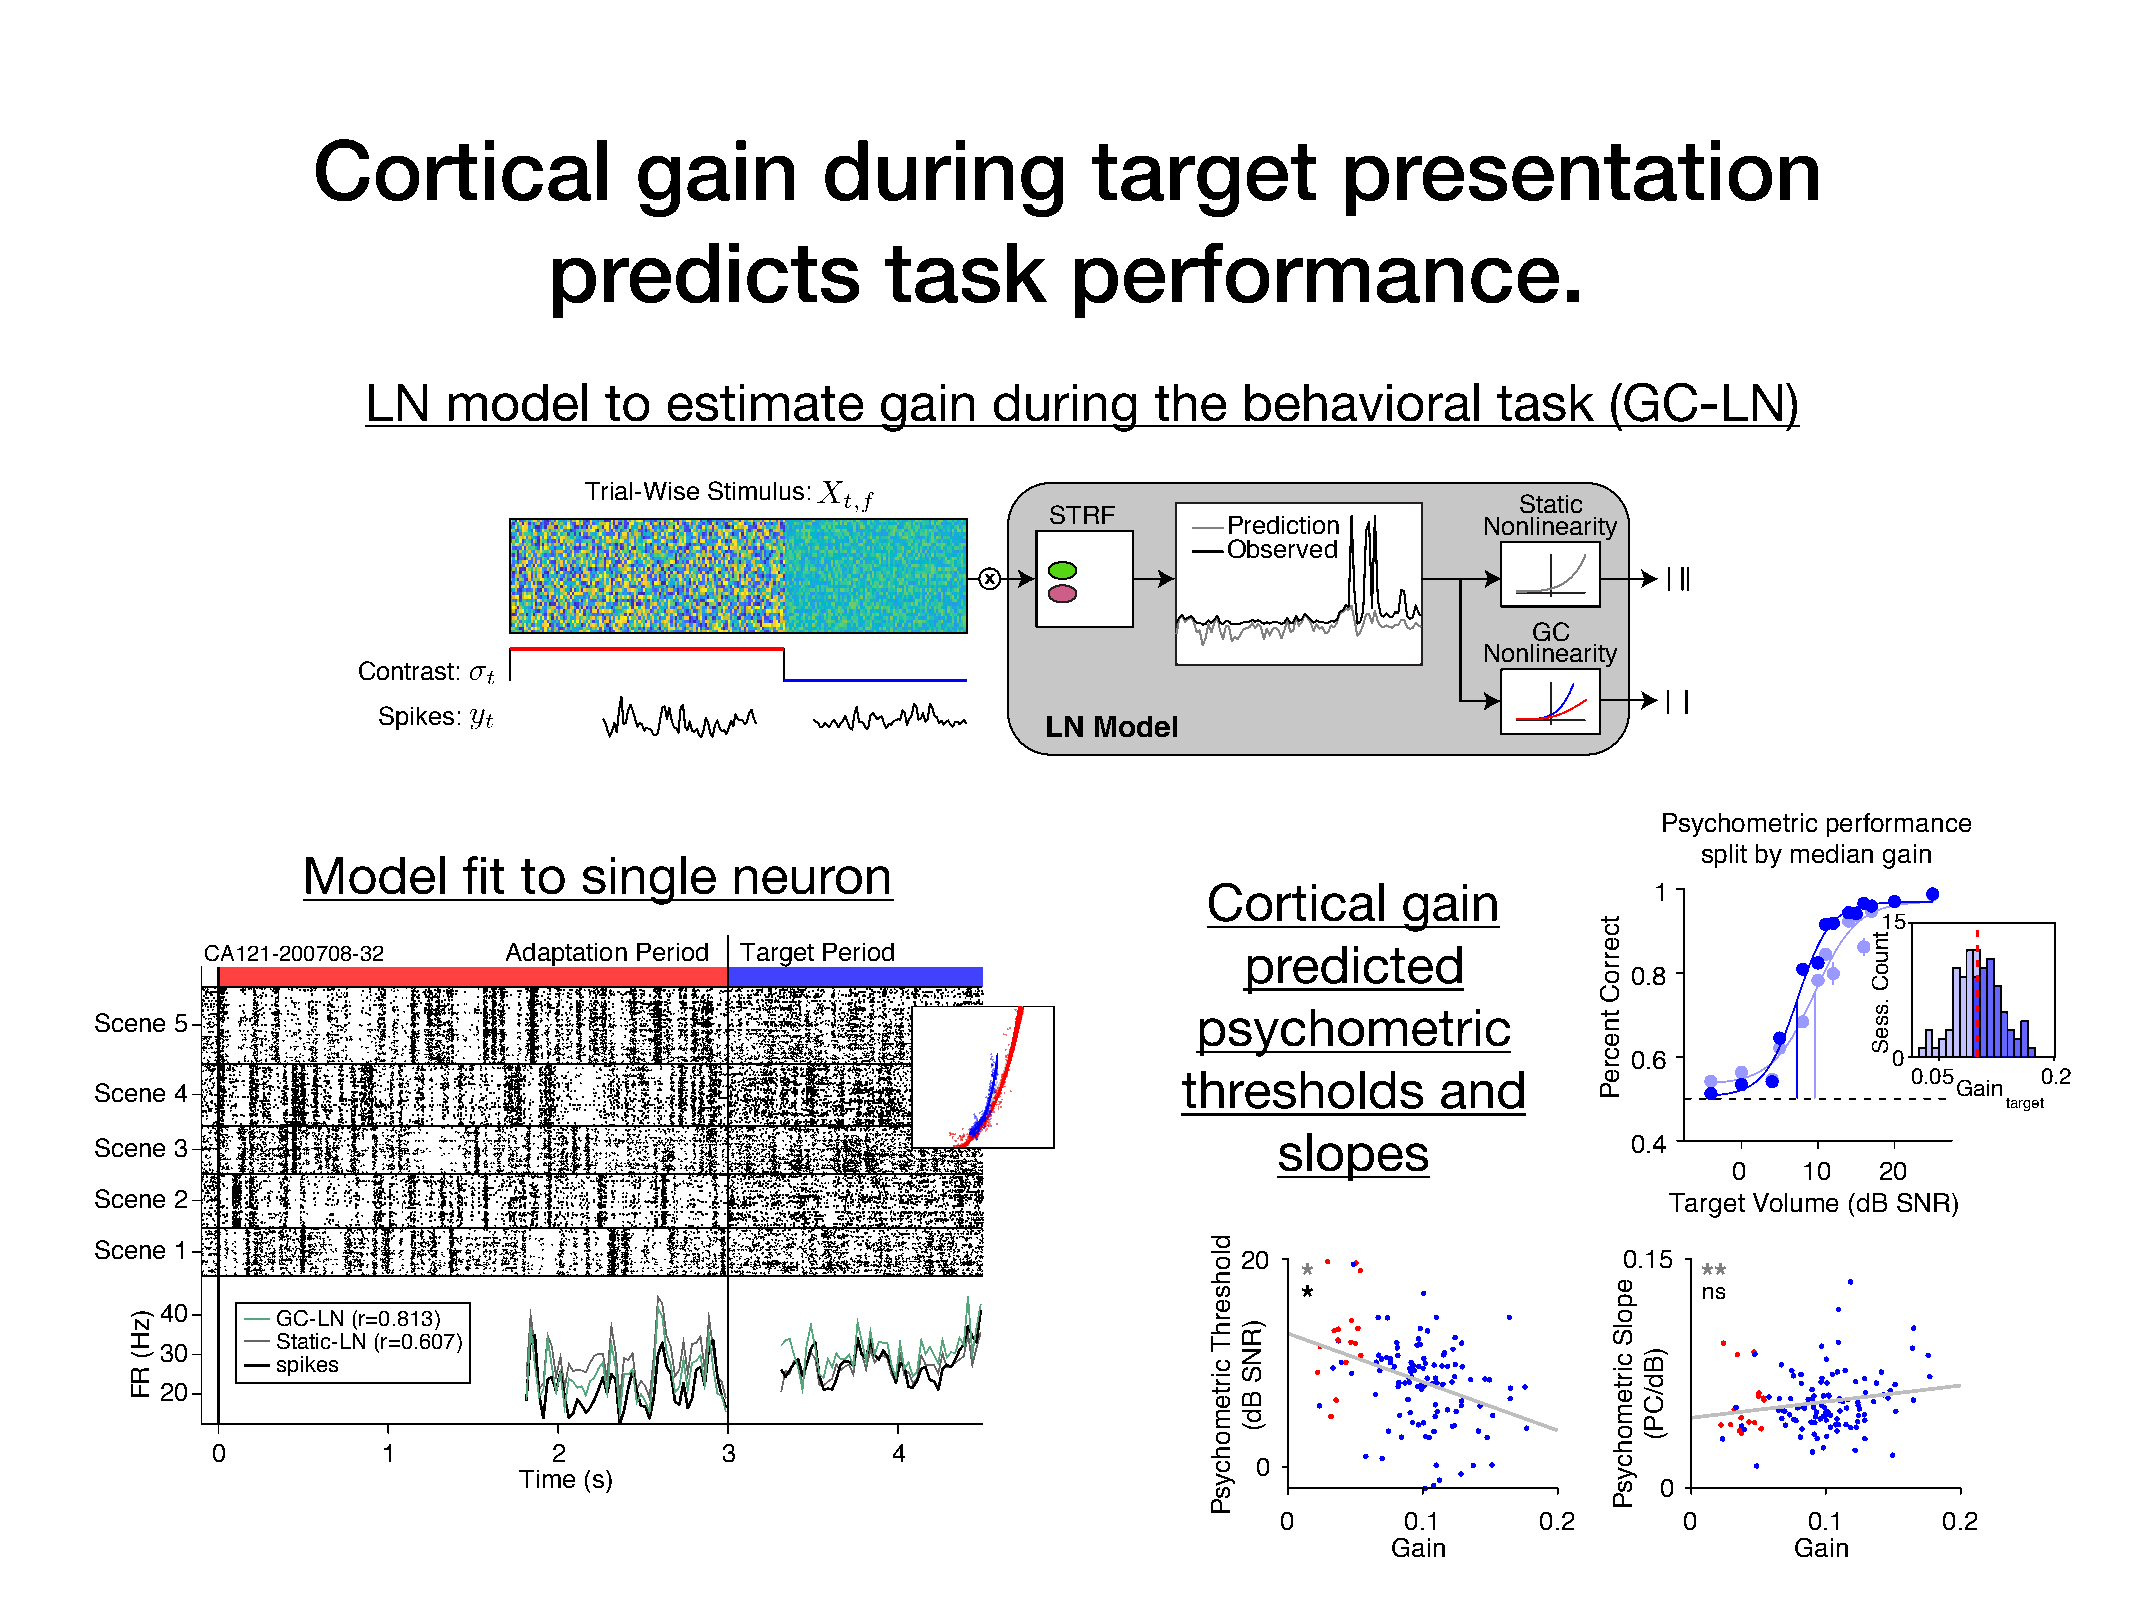
Cortical             gain        during            target           presentation
 predicts               task        performance.
 LN    model     to  estimate      gain    during    the   behavioral       task   (GC-LN)
 Trial-Wise Stimulus:
 Static
 STRF
 Prediction       Nonlinearity
 Observed
 d
 GC
 Nonlinearity
 Contrast:
 Spikes:
 LN Model
 Psychometric performance
 split by median gain
 Model      fit to single    neuron
 Cortical     gain            1
 15
 CA121-200708-32    Adaptation Period Target Period                  predicted
 0.8
 psychometric Scene 5
 0.6              0
 thresholds       and                            0.05     0.2
 Scene 4                                                                                                                    Gain
 target
 Scene 3                                                                        slopes                 0.4
 0   10   20
 Scene 2                                                                                                 Target Volume (dB SNR)
 Scene 1
 20                       0.15
 *                          **
 *                          ns
 40
 GC-LN (r=0.813)
 Static-LN (r=0.607)
 30     spikes
 20
 0          1           2          3          4
 0
 Time (s)
 0
 0       0.1      0.2      0        0.1      0.2
 Gain                       Gain
 )zH(
 RF
 dlohserhT
 cirtemohcysP
 )RNS
 Bd(
 tcerroC
 tnecreP
 epolS
 cirtemohcysP )Bd/CP(
 tnuoC
 .sseS